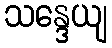
သန္ဒေယျ